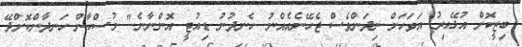
ބިޒީކޮށް އުޅޭއިރު އަވަހަށް ނިދަންވެސް ޖެހޭނެއެއްނު. ހެނދުނު ޑިއުޓީ އޮންނާނެ." މުސްކާން ހަނދާންކޮށްދޭ